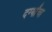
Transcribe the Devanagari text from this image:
दर्ग्यांचा